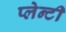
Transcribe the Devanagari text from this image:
प्लेन्टी